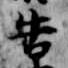
告